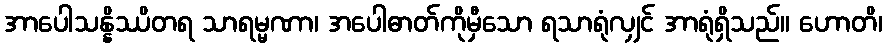
အာပေါသန္နိဿိတရ သာရမ္မဏာ၊ အပေါဓာတ်ကိုမှီသော ရသာရုံလျှင် အာရုံရှိသည်။ ဟောတိ၊